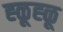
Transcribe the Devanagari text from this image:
ह्ळूह्ळू